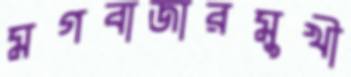
মগবাজারমুখী